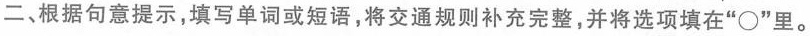
二、根据句意提示，填写单词或短语，将交通规则补充完整，并将选项填在”\circ”里。